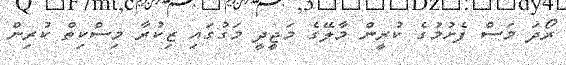
ރޯދަ މަސް ފެށުމުގެ ކުރީން މާލޭގެ މަޖީދީ މަގުގައި ޒިކުރާ މިސްކިތް ކުރިން